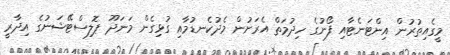
މީގެއިތުރުން އިންޓަނެޓާއި ފޯނުގެ ހިދުމަތް އެރަށުން މެދުކެނޑުމާއި ގުޅިގެން މަނަދޫ ޕޮލިސްޓޭޝަނުގެ އިދާރީ